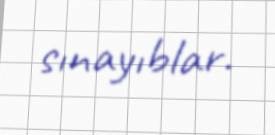
sınayıblar.